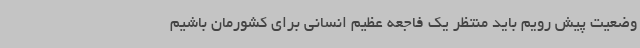
وضعیت پیش رویم باید منتظر یک فاجعه عظیم انسانی برای کشورمان باشیم